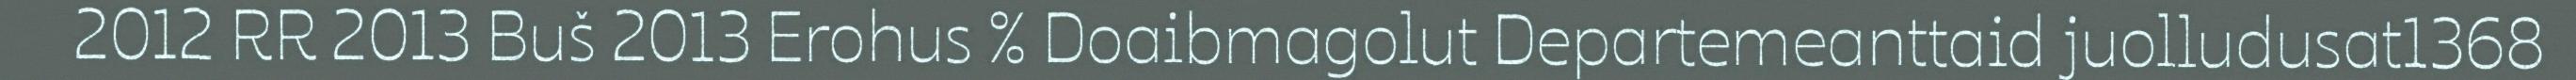
2012 RR 2013 Buš 2013 Erohus % Doaibmagolut Departemeanttaid juolludusat1368